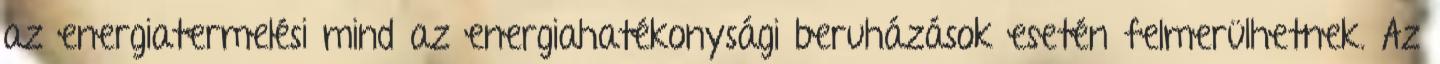
az energiatermelési mind az energiahatékonysági beruházások esetén felmerülhetnek. Az